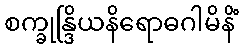
စက္ခုန္ဒြိယနိရောဓဂါမိနိံ